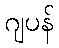
ဂျပန်